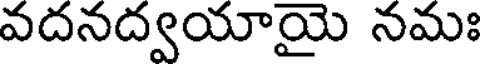
వదనద్వయాయై నమః